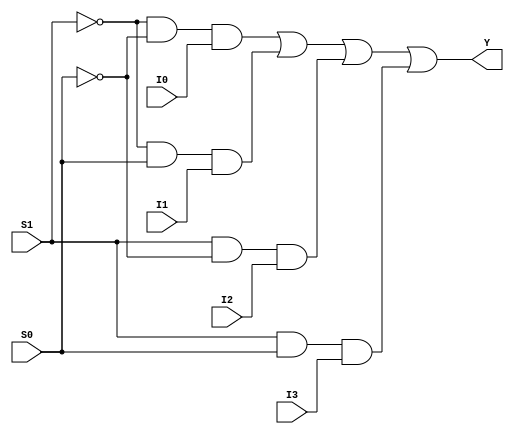
`timescale 1ns / 1ps
//////////////////////////////////////////////////////////////////////////////////
// Company: 
// Engineer: 
// 
// Design Name: 
// Module Name: mux4_1
// Project Name: 
// Target Devices: 
// Tool Versions: 
// Description: 
// 
// Dependencies: 
// 
// Revision:
// Revision 0.01 - File Created
// Additional Comments:
// 
//////////////////////////////////////////////////////////////////////////////////


module mux4_1(
    input S0, S1, I0, I1, I2, I3,
    output Y
    );
    
    assign Y = ~S1&~S0&I0 | ~S1&S0&I1 | S1&~S0&I2 | S1&S0&I3;
endmodule